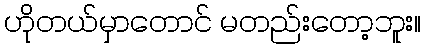
ဟိုတယ်မှာတောင် မတည်းတော့ဘူး။